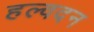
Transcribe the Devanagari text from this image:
हल्वदन